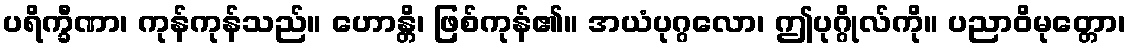
ပရိက္ခီဏာ၊ ကုန်ကုန်သည်။ ဟောန္တိ၊ ဖြစ်ကုန်၏။ အယံပုဂ္ဂလော၊ ဤပုဂ္ဂိုလ်ကို။ ပညာဝိမုတ္တော၊